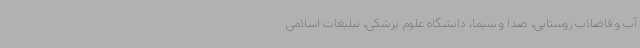
آب و فاضلاب روستایی، صدا و سیما، دانشگاه علوم پزشکی، تبلیغات اسلامی